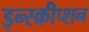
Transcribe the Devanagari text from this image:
इन्स्क्रीप्शन